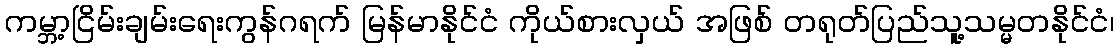
ကမ္ဘာ့ငြိမ်းချမ်းရေးကွန်ဂရက် မြန်မာနိုင်ငံ ကိုယ်စားလှယ် အဖြစ် တရုတ်ပြည်သူ့သမ္မတနိုင်ငံ၊